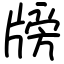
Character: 牓